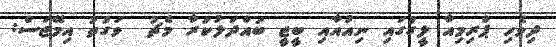
ދިވެހި ޕްރިމިއާ ލީގުގައި ނިއުއާއި ބީޖީ ބައްދަލުކުރާ މެޗު  ވަގުތު އިމޭޖަސް: